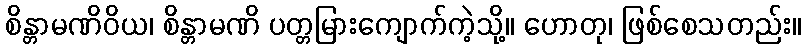
စိန္တာမဏိဝိယ၊ စိန္တာမဏိ ပတ္တမြားကျောက်ကဲ့သို့။ ဟောတု၊ ဖြစ်စေသတည်း။